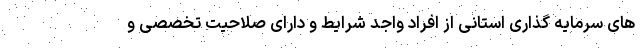
های سرمایه گذاری استانی از افراد واجد شرایط و دارای صلاحیت تخصصی و